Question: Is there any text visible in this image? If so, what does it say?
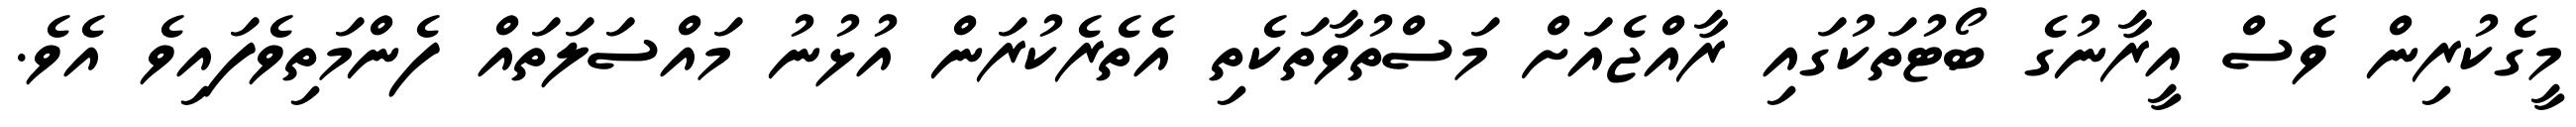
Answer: މީގެކުރިން ވެސް އީރާނުގެ ބޯޓުތަކުގައި ރާއްޖެއަށް މަސްތުވާތަކެތި އެތެރެކުރަން އުޅުނު މައްސަލަތައް ފެންމަތިވެފައިވެ އެވެ.